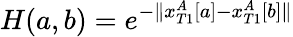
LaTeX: H(a,b)=e^{-\| {x_{T1}^{A}[a]-x_{T1}^{A}[b]\| }}